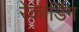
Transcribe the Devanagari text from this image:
रेकार्डिग